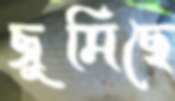
জুমিছে